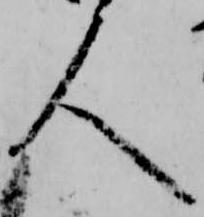
人